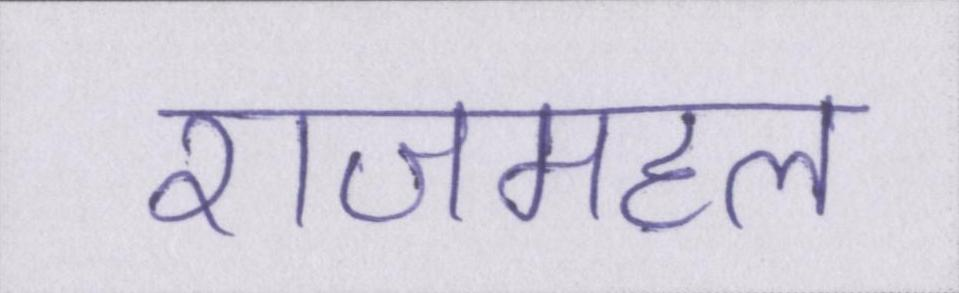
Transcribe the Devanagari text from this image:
राजमहल